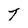
Character: T